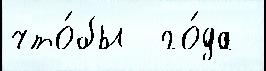
что́бы  го́да